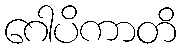
ဂေါပိကာတိ